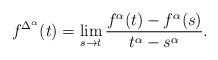
LaTeX: \begin{align*}f^{\Delta^{\alpha}}(t)=\lim_{s\rightarrow t}\frac{f^{\alpha}(t)-f^{\alpha}(s)}{t^{\alpha}-s^{\alpha}}.\end{align*}